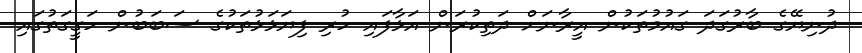
ދުނިޔޭގެ ބާރުގަދަ ގައުމުތަކުން އީރާނަށް ދަތިކުރަން އަޅާފައި ހުރި ފިޔަޅަޅުތަކުގެ ސަބަބުން ހަގީގަތުގައި